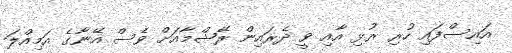
އައިސްފައި ހުރި ރުޅި އާއި ވީ ދެރައިން ރޭޝްމާއަށް ވެސް އޭނާގެ އަމިއްލަ